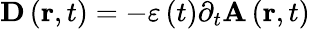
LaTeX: \mathbf{D}\left(\mathbf{r},t\right)=-\varepsilon\left(t\right)\partial_{t}\mathbf{A}\left(\mathbf{r},t\right)